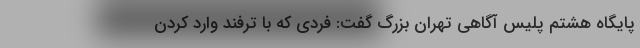
پایگاه هشتم پلیس آگاهی تهران بزرگ گفت: فردی که با ترفند وارد کردن